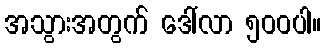
အသွားအတွက် ဒေါ်လာ ၅၀၀ပါ။